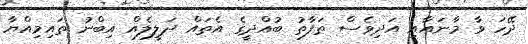
ދޭހަ ވާ މާނައާއި އަދިވެސް ތަފާތު ބުއްދީގެ އެތައް ދަލީލެއް އިބްނު ތައިމިއްޔާ